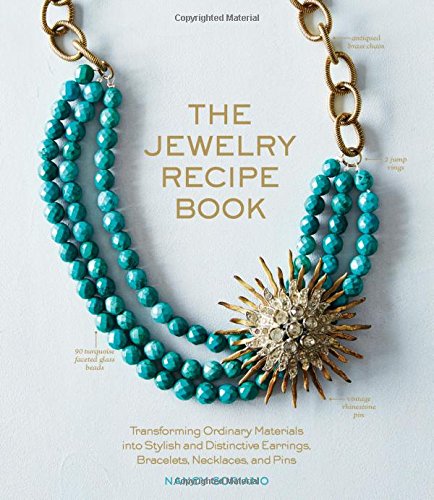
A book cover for The Jewelry Recipe Book: Transforming Ordinary Materials into Stylish and Distinctive Earrings, Bracelets, Necklaces, and Pins; Nancy Soriano; Crafts, Hobbies & Home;